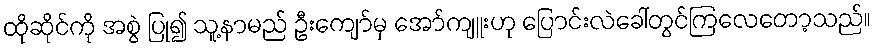
ထိုဆိုင်ကို အစွဲ ပြု၍ သူ့နာမည် ဦးကျော်မှ အော်ကျူးဟု ပြောင်းလဲခေါ်တွင်ကြလေတော့သည်။